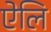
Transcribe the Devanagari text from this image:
ऐलि